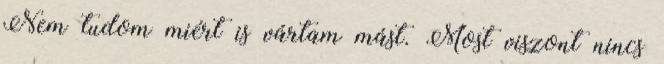
Nem tudom miért is vártam mást. Most viszont nincs